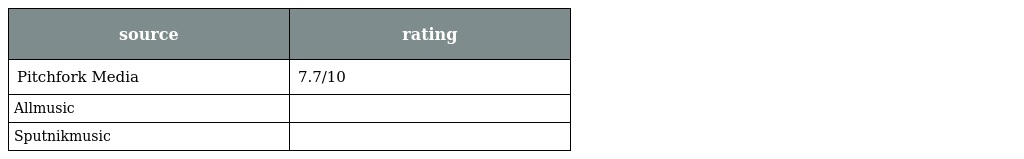
| source | rating |
 | --- | --- |
 | Pitchfork Media | 7.7/10 |
 | Allmusic |  |
 | Sputnikmusic |  |